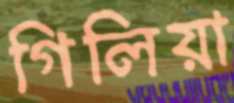
গিলিয়া